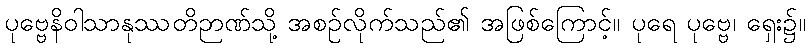
ပုဗ္ဗေနိဝါသာနုဿတိဉာဏ်သို့ အစဉ်လိုက်သည်၏ အဖြစ်ကြောင့်။ ပုရေ ပုဗ္ဗေ၊ ရှေး၌။